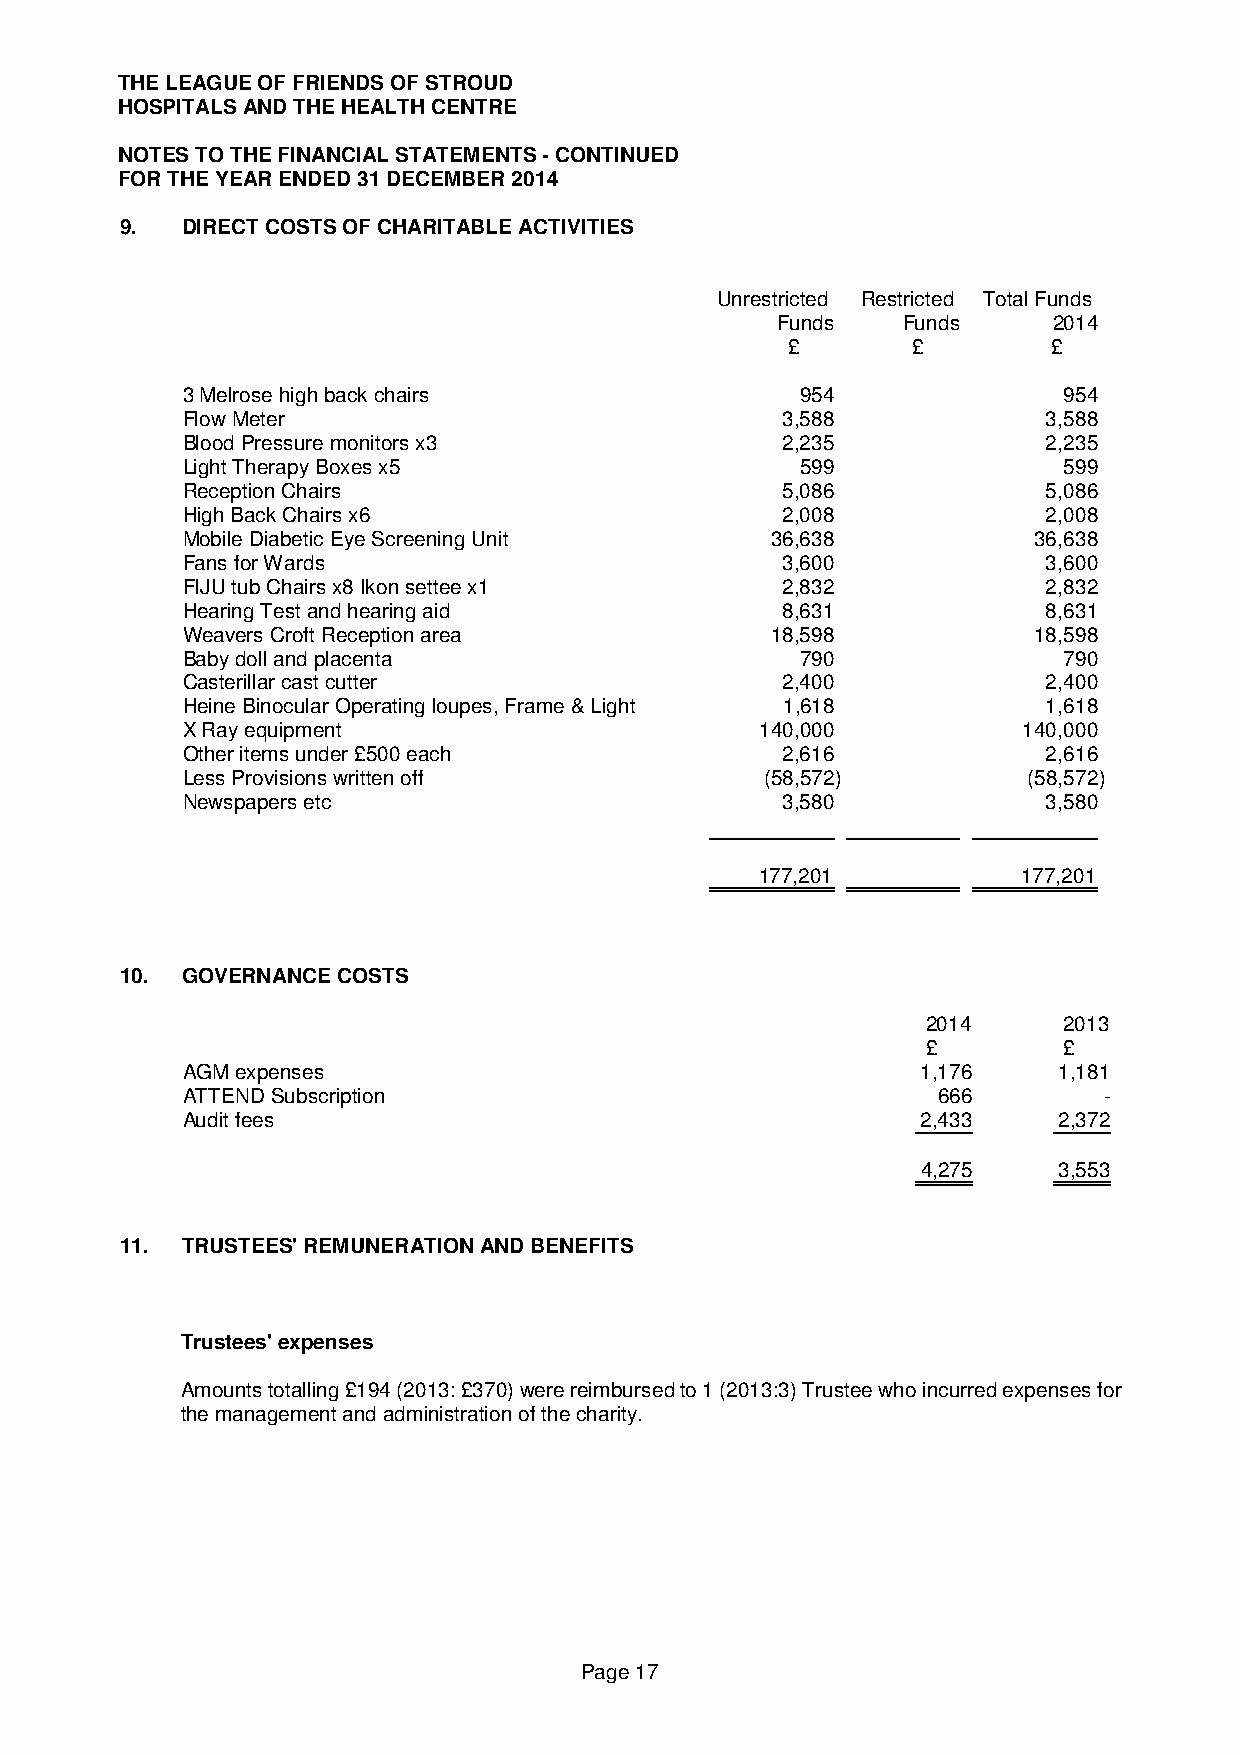
THE LEAGUE OF FRIENDS OF STROUD
 HOSPITALS AND THE HEALTH CENTRE
 NOTES TO THE FINANCIAL STATEMENTS - CONTINUED
 FOR THE YEAR ENDED 31 DECEMBER 2014
 9.  DIRECT COSTS OF CHARITABLE ACTIVITIES
 Unrestricted Restricted Total Funds
 Funds    Funds     2014
 £       £         £
 3 Melrose high back chairs               954              954
 Flow Meter                              3,588            3,588
 Blood Pressure monitors x3              2,235            2,235
 Light Therapy Boxes x5                   599              599
 Reception Chairs                        5,086            5,086
 High Back Chairs x6                     2,008            2,008
 Mobile Diabetic Eye Screening Unit     36,638           36,638
 Fans for Wards                          3,600            3,600
 FIJU tub Chairs x8 Ikon settee x1       2,832            2,832
 Hearing Test and hearing aid            8,631            8,631
 Weavers Croft Reception area           18,598           18,598
 Baby doll and placenta                   790              790
 Casterillar cast cutter                 2,400            2,400
 Heine Binocular Operating loupes, Frame & Light 1,618    1,618
 X Ray equipment                       140,000           140,000
 Other items under £500 each             2,616            2,616
 Less Provisions written off            (58,572)         (58,572)
 Newspapers etc                          3,580            3,580
 177,201           177,201
 10. GOVERNANCE COSTS
 2014     2013
 £        £
 AGM expenses                                     1,176    1,181
 ATTEND Subscription                               666        -
 Audit fees                                       2,433    2,372
 4,275    3,553
 11. TRUSTEES' REMUNERATION AND BENEFITS
 Trustees' expenses
 Amounts totalling £194 (2013: £370) were reimbursed to 1 (2013:3) Trustee who incurred expenses for
 the management and administration of the charity.
 Page 17